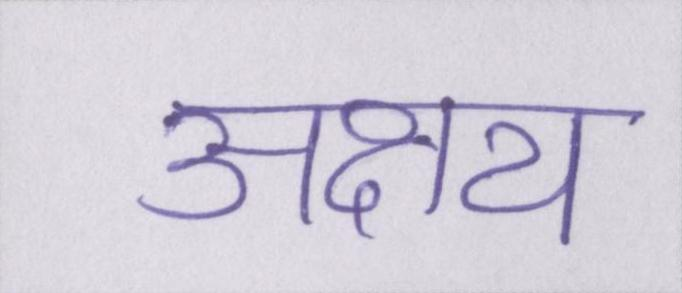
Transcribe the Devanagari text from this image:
अक्षय